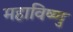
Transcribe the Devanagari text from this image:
महाविष्‍णु